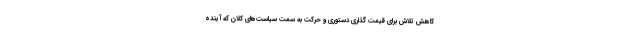
کاهش تلاش برای قیمت گذاری دستوری و حرکت به سمت سیاست‌های کلان که آینده